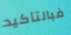
فبالتأكيد